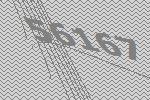
56167